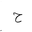
Letter: _ha